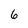
Character: 6